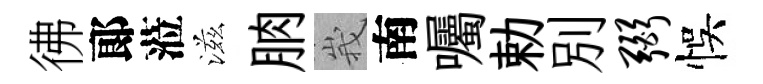
彿郞蒞滋朒峩南囑勅別弼悞